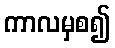
ကာလမှစ၍